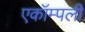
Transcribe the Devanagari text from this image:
एकॉम्पली